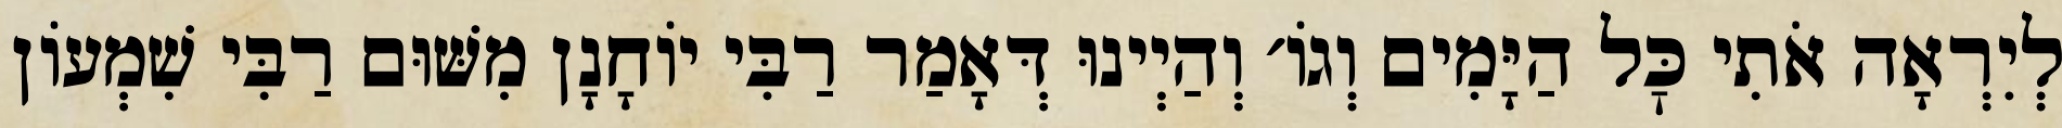
לְיִרְאָה אֹתִי כׇּל הַיָּמִים וְגוֹ׳ וְהַיְינוּ דְּאָמַר רַבִּי יוֹחָנָן מִשּׁוּם רַבִּי שִׁמְעוֹן